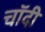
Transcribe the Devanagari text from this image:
चॉदी